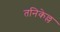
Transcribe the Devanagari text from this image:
तनिकेल्ल